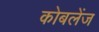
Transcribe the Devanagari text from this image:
कोबलेंज